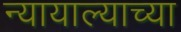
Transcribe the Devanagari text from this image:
न्यायाल्याच्या